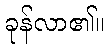
ခုန်လာ၏။